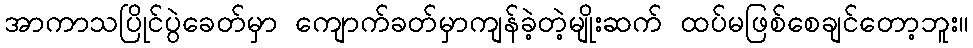
အာကာသပြိုင်ပွဲခေတ်မှာ ကျောက်ခတ်မှာကျန်ခဲ့တဲ့မျိုးဆက် ထပ်မဖြစ်စေချင်တော့ဘူး။